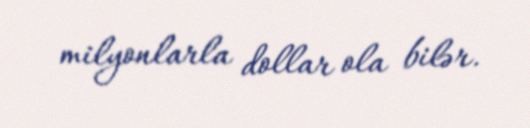
milyonlarla dollar ola bilər.